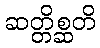
ဆတ္တိစ္ဆတိ